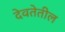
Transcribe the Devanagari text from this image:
देवतेतील